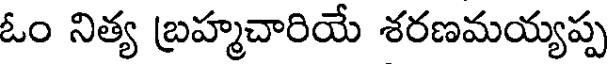
ఓం నిత్య బ్రహ్మచారియే శరణమయ్యప్ప